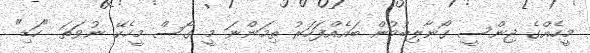
މީހެއްގެ ޖިންސީ ގޯނާލިބުމުން ބައެއްފަހަރު ތިމަންނަ މީ ގޯސް މީހެކޭ ނުވަތަ "ހަޑި"